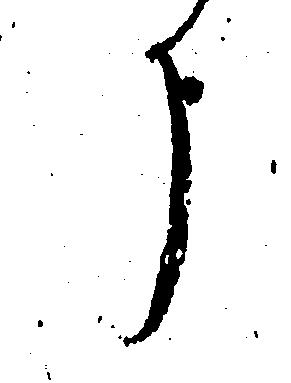
う